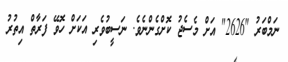
ނަމްބަރު "2626" އަށް މެސެޖު ކޮށްގެންނެވެ. ނަސީބުވެރި އަކަށް ހޮވޭ ފަރާތް އިތުރު